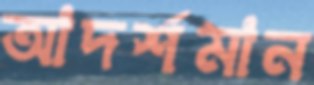
আদর্শমান